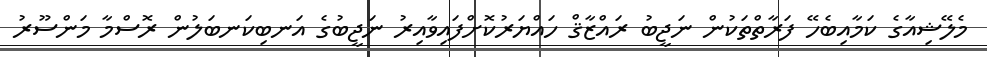
މެލޭޝިއާގެ ކަމާއިބެހޭ ފަރާތްތަކުން ނަޖީބު ރައްޒާޤް ހައްޔަރުކޮށްފައިވާއިރު ނަޖީބުގެ އަނބިކަނބަލުން ރޮސްމާ މަންސޫރު